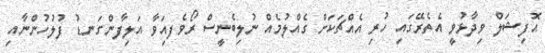
އޮފިޝަލް ވިދާޅުވީ އެތެރޭގައި ހުރި އެއްޗަކަށް ގެއްލުމެއް ނުލިބެނީސް ރޯވެފއަިވާ އަލިފާންގަނޑު ފުލުހުންނާއި